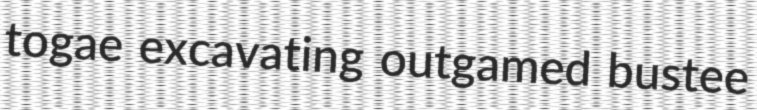
togae excavating outgamed bustee